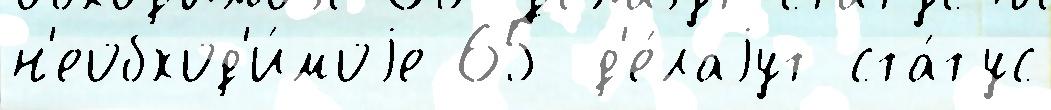
н'еобход'и́моjе 65 д'е́лаjут ста́тус